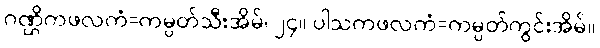
ဂဏ္ဌိကဖလကံ=ကမ္ပတ်သီးအိမ်၊ ၂၄။ ပါသကဖလကံ=ကမ္ပတ်ကွင်းအိမ်။